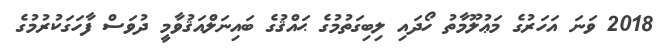
2018 ވަނަ އަހަރުގެ މަޢުލޫމާތު ހޯދައި ލިބިގަތުމުގެ ޙައްޤުގެ ބައިނަލްއަޤުވާމީ ދުވަސް ފާހަގަކުރުމުގެ